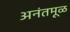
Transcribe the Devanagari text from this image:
अनंतमूळ